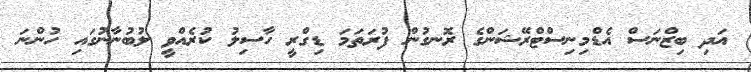
އަދި ބިޒްނަސް އެޑްމިނިސްޓްރޭޝަންގެ ރޮނގުން ފުރަތަމަ ޑިގްރީ ހާސިލު ކުރެއްވީ ލުބުނާނުގައި ހުންނަ